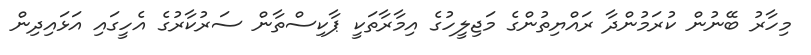
މިހާރު ބޭނުން ކުރަމުންދާ ރައްޔިތުންގެ މަޖިލީހުގެ އިމާރާތަކީ ޕާކިސްތާން ސަރުކާރުގެ އެހީގައި އަޅައިދިން